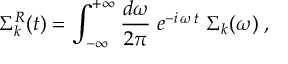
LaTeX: \Sigma _ { k } ^ { R } ( t ) = \int _ { - \infty } ^ { + \infty } \frac { d \omega } { 2 \pi } \; e ^ { - i \, \omega \, t } \; { \Sigma } _ { k } ( \omega ) \; ,